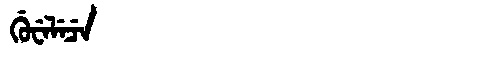
Manchu: ᡤᡠᠸᡝᠯᡝᠴᡝ
Romanization: GUWELECE